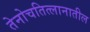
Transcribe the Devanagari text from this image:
तेनोचतित्लानातील